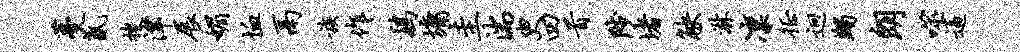
蔓氤搜津展媚恤鬲族作鸡墉圭湍臾四首陟堵觖淋凛徵迥蠲朗噬逼